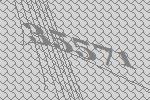
35571